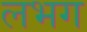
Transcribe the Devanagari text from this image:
लभग